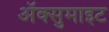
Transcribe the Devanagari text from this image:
अॅक्सुमाइट